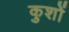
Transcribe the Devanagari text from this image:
कुशों